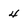
Character: 4